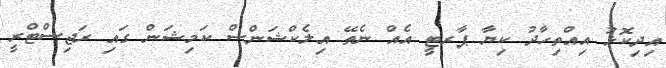
އިދިކޮޅު އިއްތިހާދު ކިޔާ ޕާރޓީ އެއް ނެތޭ އިލެކްޝަންސް ކަމިޝަން ގައި ރަޖިސްޓްރީ